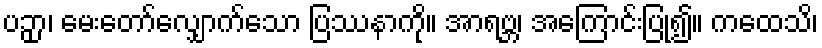
ပဉှာ၊ မေးတော်လျှောက်သော ပြဿနာကို။ အာရဗ္ဘ၊ အကြောင်းပြု၍။ ကထေသိ၊